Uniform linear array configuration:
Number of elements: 16
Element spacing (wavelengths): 0.75
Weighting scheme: kaiser
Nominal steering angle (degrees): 0
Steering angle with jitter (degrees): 1.711
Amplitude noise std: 0.05
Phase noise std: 0.05

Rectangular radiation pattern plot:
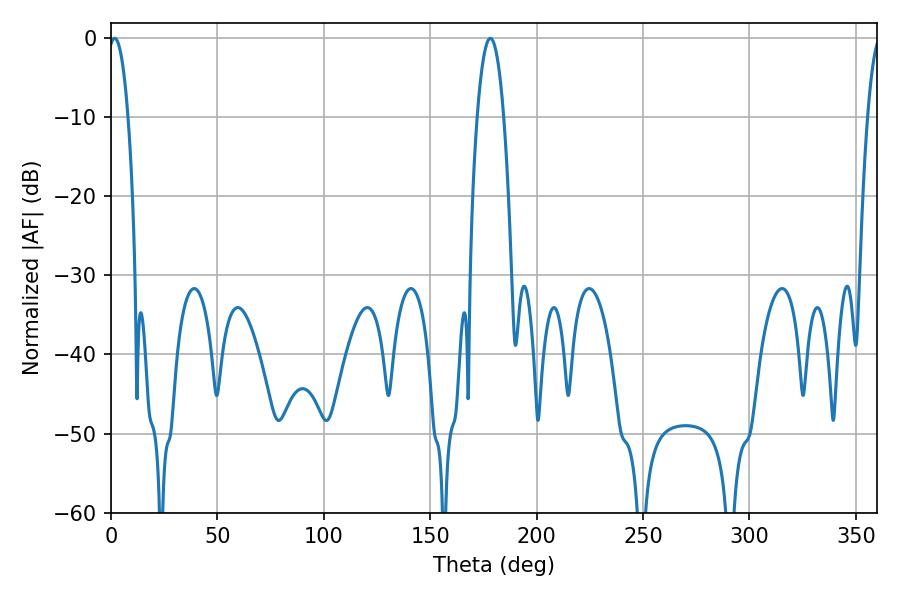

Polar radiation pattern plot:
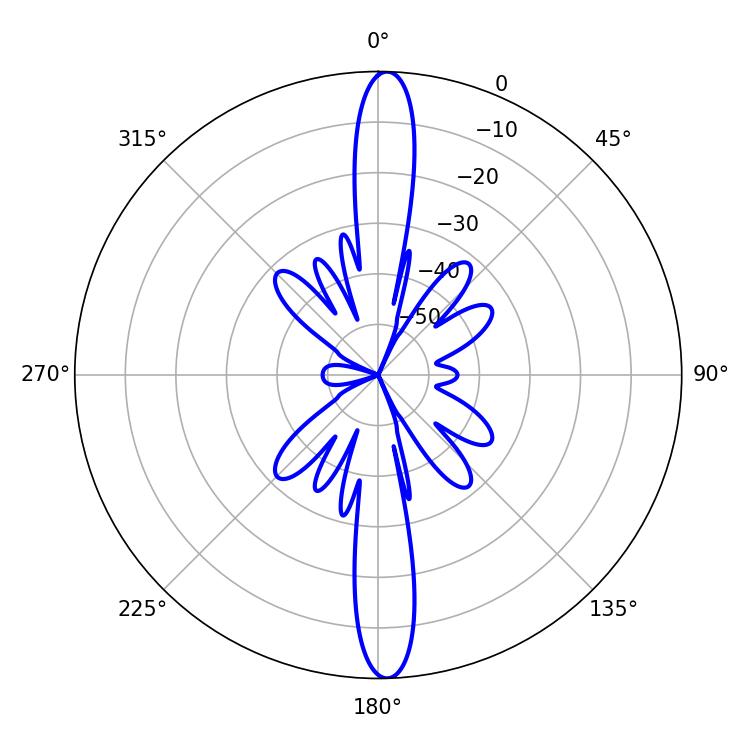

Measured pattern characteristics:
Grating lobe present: TRUE
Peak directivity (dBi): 24.06
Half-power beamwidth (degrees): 5.22
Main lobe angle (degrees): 1.8